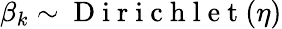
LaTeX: \beta_{k}\sim\mathrm{~D~i~r~i~c~h~l~e~t~}(\eta)